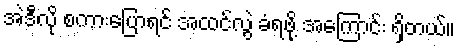
အဲဒီလို စကားပြောရင် အထင်လွဲ ခံရဖို့ အကြောင်း ရှိတယ်။